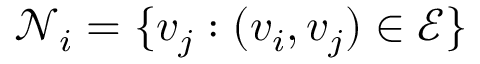
\mathcal { N } _ { i } = \{ v _ { j } : ( v _ { i } , v _ { j } ) \in \mathcal { E } \}